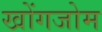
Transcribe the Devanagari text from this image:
खोंगजोम